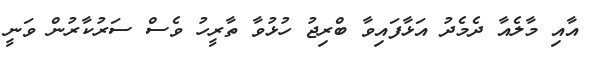
އާއި މާލެއާ ދެމެދު އަޅާފައިވާ ބްރިޖު ހުޅުވާ ތާރީހު ވެސް ސަރުކާރުން ވަނީ